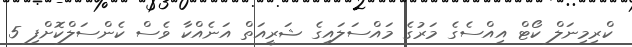
ކްރިމިނަލް ކޯޓް އިއްސެގެ މަރުގެ މައްސަލައިގެ ޝަރީއަތް އަނެއްކާ ވެސް ކެންސަލްކޮށްފި 5